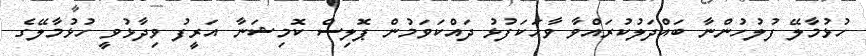
ހުޅުމާލޭ ފުލުހުންނާ ބައްދަލުކުރައްވާ ވާހަކަފުޅު ދައްކަވަމުން ޕޮލިސް ކޮމިޝަނާ އަރީފު ވިދާޅުވީ ހުޅުމާލޭގެ